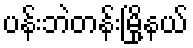
ပန်းဘဲတန်းမြို့နယ်